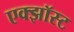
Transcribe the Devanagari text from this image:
एक्झॉस्ट